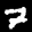
Label: 7